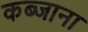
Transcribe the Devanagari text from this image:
कब्जाना